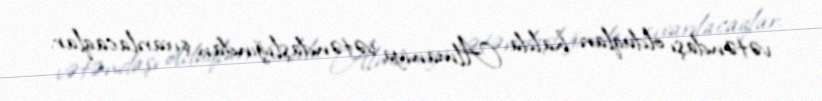
vətəndaşı olduqları halda Almaniya vətəndaşlığından çıxarılacaqlar.